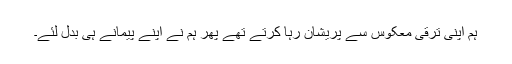
ہم اپنی ترقی معکوس سے پریشان رہا کرتے تھے پھر ہم نے اپنے پیمانے ہی بدل لئے۔